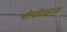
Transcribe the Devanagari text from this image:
चीपटिकट्स